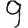
Digit: 9